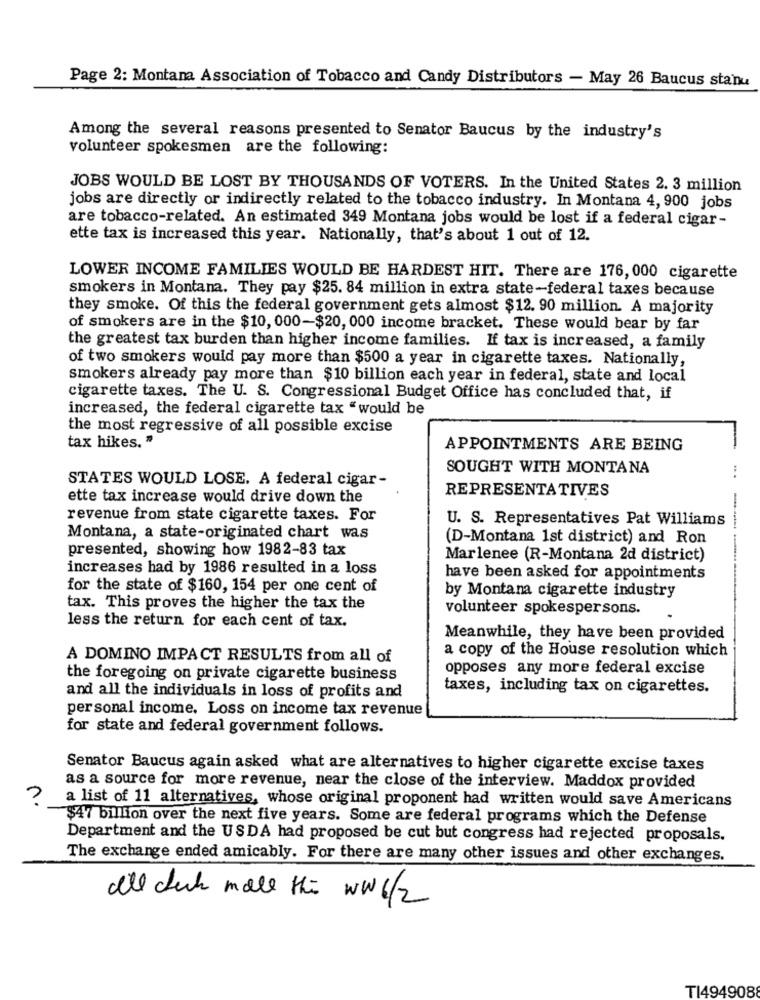
Page 2: Montana Association of Tobacco and Candy Distributors - May 26 Baucus stanu
Among the several reasons presented to Senator Baucus by the industry's
volunteer spokesmen are the following:
JOBS WOULD BE LOST BY THOUSANDS OF VOTERS. In the United States 2. 3 million
jobs are directly or indirectly related to the tobacco industry. In Montana 4, 900 jobs
are tobacco-related. An estimated 349 Montana jobs would be lost if a federal cigar-
ette tax is increased this year. Nationally, that's about 1 out of 12.
LOWER INCOME FAMILIES WOULD BE HARDEST HIT. There are 176, 000 cigarette
smokers in Montana. They pay $25. 84 million in extra state-federal taxes because
they smoke. Of this the federal government gets almost $12. 90 million. A majority
of smokers are in the $10, 000-$20, 000 income bracket. These would bear by far
the greatest tax burden than higher income families. If tax is increased, a family
of two smokers would pay more than $500 a year in cigarette taxes. Nationally,
smokers already pay more than $10 billion each year in federal, state and local
cigarette taxes. The U. S. Congressional Budget Office has concluded that, if
increased, the federal cigarette tax "would be
the most regressive of all possible excise
tax hikes. "
APPOINTMENTS ARE BEING
SOUGHT WITH MONTANA
STATES WOULD LOSE. A federal cigar-
REPRESENTATIVES
ette tax increase would drive down the
revenue from state cigarette taxes. For
U. S. Representatives Pat Williams
Montana, a state-originated chart was
(D-Montana 1st district) and Ron
presented, showing how 1982-83 tax
Marlenee (R-Montana 2d district)
increases had by 1986 resulted in a loss
have been asked for appointments
----
for the state of $160, 154 per one cent of
by Montana cigarette industry
tax. This proves the higher the tax the
volunteer spokespersons.
less the return for each cent of tax.
Meanwhile, they have been provided
a copy of the House resolution which
A DOMINO IMPACT RESULTS from all of
opposes any more federal excise
the foregoing on private cigarette business
taxes, including tax on cigarettes.
and all the individuals in loss of profits and
personal income. Loss on income tax revenue
for state and federal government follows.
Senator Baucus again asked what are alternatives to higher cigarette excise taxes
as a source for more revenue, near the close of the interview. Maddox provided
?
a list of 11 alternatives, whose original proponent had written would save Americans
$47 billion over the next five years. Some are federal programs which the Defense
Department and the USDA had proposed be cut but congress had rejected proposals.
The exchange ended amicably. For there are many other issues and other exchanges.
all duck male this ww 6/2
TI4949088